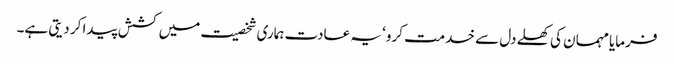
فرمایا مہمان کی کھلے دل سے خدمت کرو‘ یہ عادت ہماری شخصیت میں کشش پیدا کر دیتی ہے۔